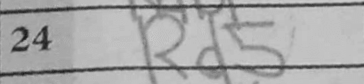
Transcription: Rd5